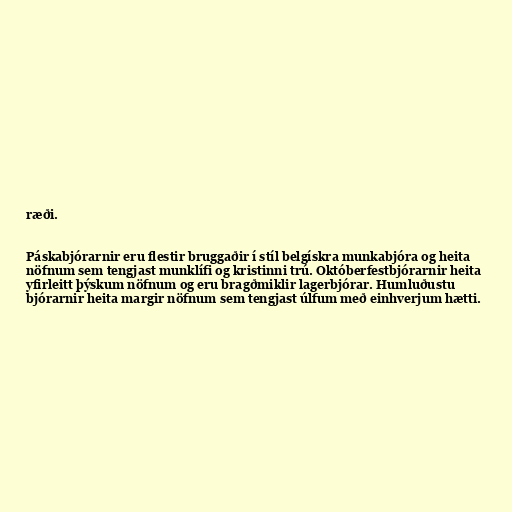
ræði.

Páskabjórarnir eru flestir bruggaðir í stíl belgískra munkabjóra og heita
nöfnum sem tengjast munklífi og kristinni trú. Októberfestbjórarnir heita
yfirleitt þýskum nöfnum og eru bragðmiklir lagerbjórar. Humluðustu
bjórarnir heita margir nöfnum sem tengjast úlfum með einhverjum hætti.